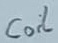
Text: Coil